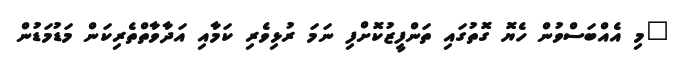
"މި އެއްބަސްވުން ހެޔޮ ގޮތުގައި ތަންފީޒުކޮށްފި ނަމަ ރުޅިވެރި ކަމާއި އަދާވާތްތެރިކަން މަޑުމަޑުން